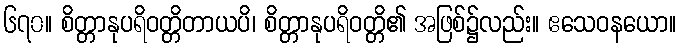
၆၇၀။ စိတ္တာနုပရိဝတ္တိတာယပိ၊ စိတ္တာနုပရိဝတ္တိ၏ အဖြစ်၌လည်း။ ဧသေဝနယော။